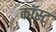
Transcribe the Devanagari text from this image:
कॉस्‍ट